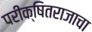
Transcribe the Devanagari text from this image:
परीक्षितराजाचा